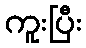
ကူးပြီး